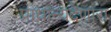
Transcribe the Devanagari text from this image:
प्राधान्यदेणारा